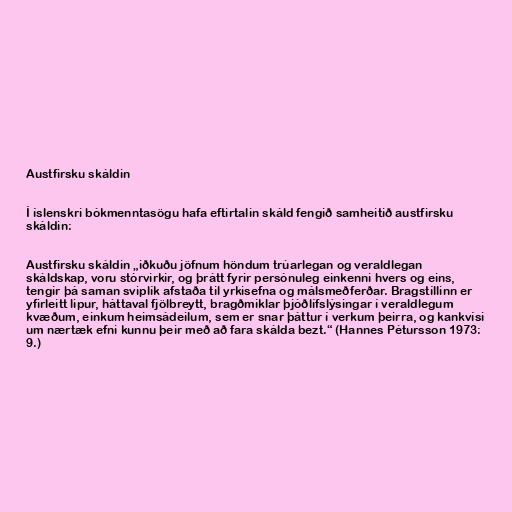
Austfirsku skáldin

Í íslenskri bókmenntasögu hafa eftirtalin skáld fengið samheitið austfirsku
skáldin:

Austfirsku skáldin „iðkuðu jöfnum höndum trúarlegan og veraldlegan
skáldskap, voru stórvirkir, og þrátt fyrir persónuleg einkenni hvers og eins,
tengir þá saman sviplík afstaða til yrkisefna og málsmeðferðar. Bragstíllinn er
yfirleitt lipur, háttaval fjölbreytt, bragðmiklar þjóðlífslýsingar í veraldlegum
kvæðum, einkum heimsádeilum, sem er snar þáttur í verkum þeirra, og kankvísi
um nærtæk efni kunnu þeir með að fara skálda bezt.“ (Hannes Pétursson 1973:
9.)